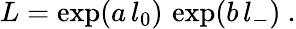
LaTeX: L=\exp(a\, l_{0})\, \exp(b\, l_{-})~.